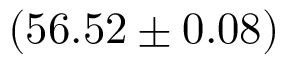
( 5 6 . 5 2 \pm 0 . 0 8 )